Vaccination in the Punjab 1883-1896 - 1883-1896
Year: 1883
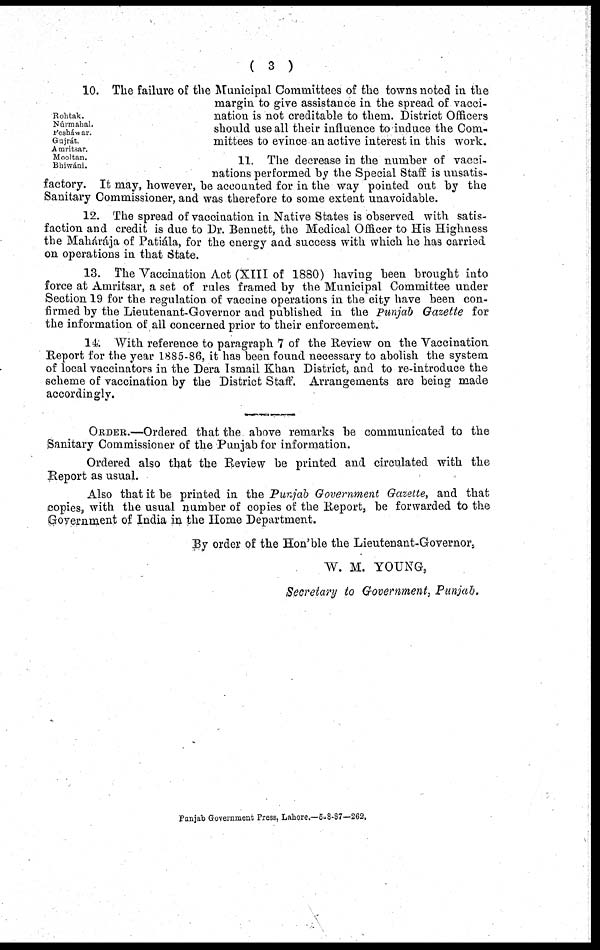
( 3 )
Rohtak.
Núrmahal.
Pesháwar.
Gujrát.
Amritsar.
Mooltan.
Bhiwáni.
10. The failure of the Municipal Committees of the towns noted in the
margin to give assistance in the spread of vacci-
nation is not creditable to them. District Officers
should use all their influence to induce the Com-
mittees to evince an active interest in this work.
11. The decrease in the number of vacci-
nations performed by the Special Staff is unsatis-
factory. It may, however, be accounted for in the way pointed out by the
Sanitary Commissioner, and was therefore to some extent unavoidable.
12. The spread of vaccination in Native States is observed with satis-
faction and credit is due to Dr. Bennett, the Medical Officer to His Highness
the Mahárája of Patiála, for the energy and success with which he has carried
on operations in that State.
13. The Vaccination Act (XIII of 1880) having been brought into
force at Amritsar, a set of rules framed by the Municipal Committee under
Section 19 for the regulation of vaccine operations in the city have been con-
firmed by the Lieutenant-Governor and published in the Punjab Gazette for
the information of all concerned prior to their enforcement.
14. With reference to paragraph 7 of the Review on the Vaccination
Report for the year 1885-86, it has been found necessary to abolish the system
of local vaccinators in the Dera Ismail Khan District, and to re-introduce the
scheme of vaccination by the District Staff. Arrangements are being made
accordingly.
OREDER.—Ordered that the above remarks be communicated to the
Sanitary Commissioner of the Punjab for information.
Ordered also that the Review be printed and circulated with the
Report as usual.
Also that it be printed in the Punjab Government Gazette, and that
copies, with the usual number of copies of the Report, be forwarded to the
Government of India in the Home Department.
By order of the Hon'ble the Lieutenant-Governor,
W. M. YOUNG,
Secretary to Government, Punjab.
Punjab Government Press, Lahore.—5- 8-87—262.